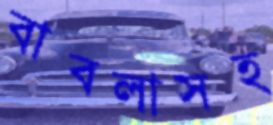
বাবলাসহ